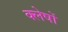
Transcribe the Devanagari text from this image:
क्लेषों